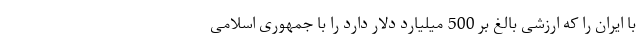
با ایران را که ارزشی بالغ بر 500 میلیارد دلار دارد را با جمهوری اسلامی